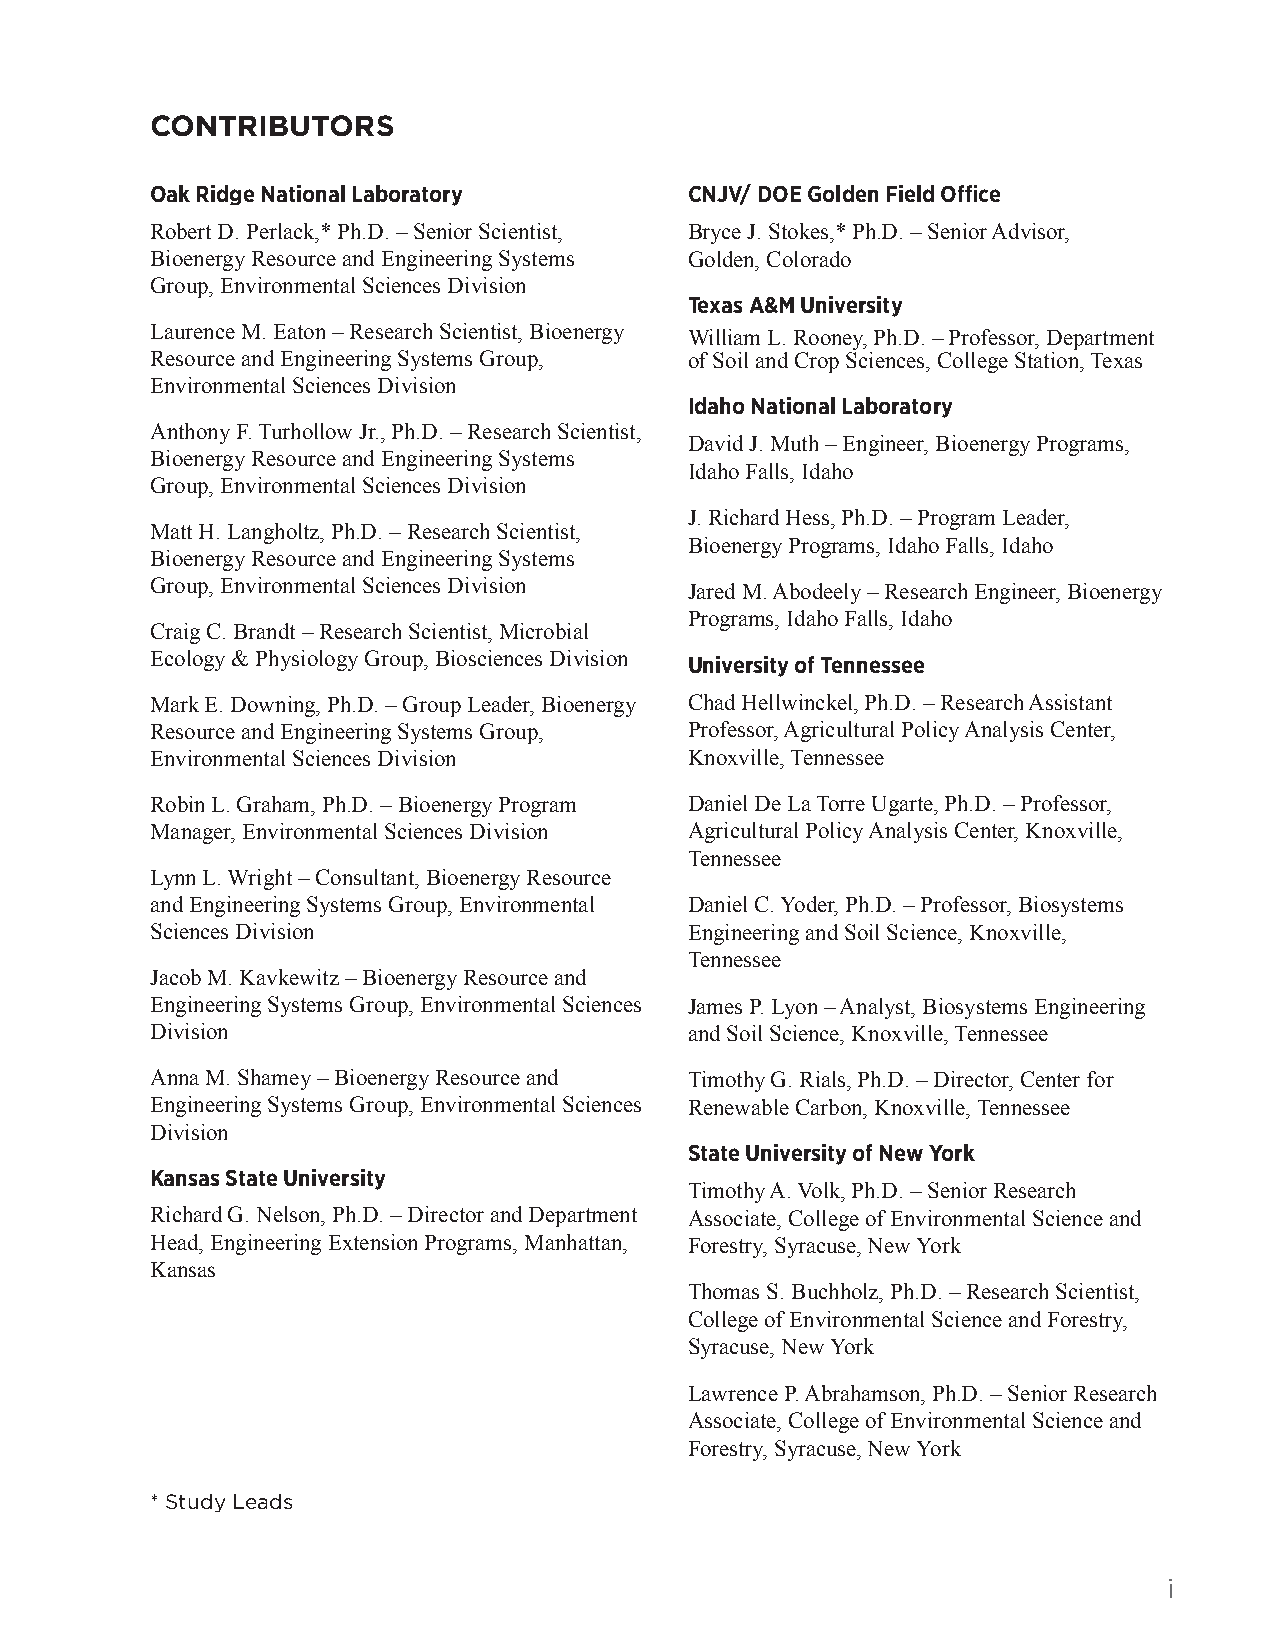
CONTRIBUTORS
 Oak Ridge National Laboratory       CNJV/ DOE Golden Field Office
 Robert D. Perlack,* Ph.D. – Senior Scientist, Bryce J. Stokes,* Ph.D. – Senior Advisor,
 Bioenergy Resource and Engineering Systems Golden, Colorado
 Group, Environmental Sciences Division
 Texas A&M University
 Laurence M. Eaton – Research Scientist, Bioenergy
 William L. Rooney, Ph.D. – Professor, Department
 Resource and Engineering Systems Group, of Soil and Crop Sciences, College Station, Texas
 Environmental Sciences Division
 Idaho National Laboratory
 Anthony F. Turhollow Jr., Ph.D. – Research Scientist,
 David J. Muth – Engineer, Bioenergy Programs,
 Bioenergy Resource and Engineering Systems
 Idaho Falls, Idaho
 Group, Environmental Sciences Division
 J. Richard Hess, Ph.D. – Program Leader,
 Matt H. Langholtz, Ph.D. – Research Scientist,
 Bioenergy Programs, Idaho Falls, Idaho
 Bioenergy Resource and Engineering Systems
 Group, Environmental Sciences Division Jared M. Abodeely – Research Engineer, Bioenergy
 Programs, Idaho Falls, Idaho
 Craig C. Brandt – Research Scientist, Microbial
 Ecology & Physiology Group, Biosciences Division University of Tennessee
 Mark E. Downing, Ph.D. – Group Leader, Bioenergy Chad Hellwinckel, Ph.D. – Research Assistant
 Resource and Engineering Systems Group, Professor, Agricultural Policy Analysis Center,
 Environmental Sciences Division     Knoxville, Tennessee
 Robin L. Graham, Ph.D. – Bioenergy Program Daniel De La Torre Ugarte, Ph.D. – Professor,
 Manager, Environmental Sciences Division Agricultural Policy Analysis Center, Knoxville,
 Tennessee
 Lynn L. Wright – Consultant, Bioenergy Resource
 and Engineering Systems Group, Environmental Daniel C. Yoder, Ph.D. – Professor, Biosystems
 Sciences Division                   Engineering and Soil Science, Knoxville,
 Tennessee
 Jacob M. Kavkewitz – Bioenergy Resource and
 Engineering Systems Group, Environmental Sciences James P. Lyon – Analyst, Biosystems Engineering
 Division                            and Soil Science, Knoxville, Tennessee
 Anna M. Shamey – Bioenergy Resource and Timothy G. Rials, Ph.D. – Director, Center for
 Engineering Systems Group, Environmental Sciences Renewable Carbon, Knoxville, Tennessee
 Division
 State University of New York
 Kansas State University
 Timothy A. Volk, Ph.D. – Senior Research
 Richard G. Nelson, Ph.D. – Director and Department Associate, College of Environmental Science and
 Head, Engineering Extension Programs, Manhattan, Forestry, Syracuse, New York
 Kansas
 Thomas S. Buchholz, Ph.D. – Research Scientist,
 College of Environmental Science and Forestry,
 Syracuse, New York
 Lawrence P. Abrahamson, Ph.D. – Senior Research
 Associate, College of Environmental Science and
 Forestry, Syracuse, New York
 * Study Leads
 i